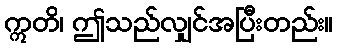
ဣတိ၊ ဤသည်လျှင်အပြီးတည်း။